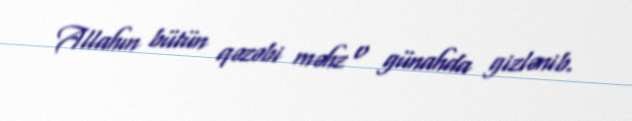
Allahın bütün qəzəbi məhz o günahda gizlənib.